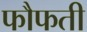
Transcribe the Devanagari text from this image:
फौफती